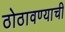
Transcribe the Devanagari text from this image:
ठोठावण्याची